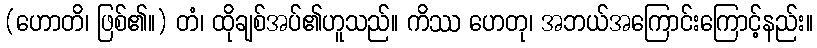
(ဟောတိ၊ ဖြစ်၏။) တံ၊ ထိုချစ်အပ်၏ဟူသည်။ ကိဿ ဟေတု၊ အဘယ်အကြောင်းကြောင့်နည်း။